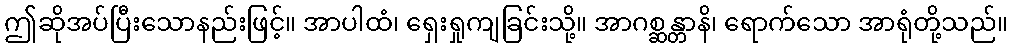
ဤဆိုအပ်ပြီးသောနည်းဖြင့်။ အာပါထံ၊ ရှေးရှုကျခြင်းသို့။ အာဂစ္ဆန္တာနိ၊ ရောက်သော အာရုံတို့သည်။